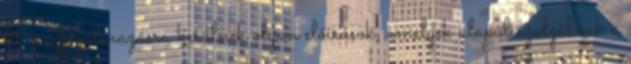
itt megfogalmazásra kerülnek olyan előírások, amelyek alapul szolgálnak a